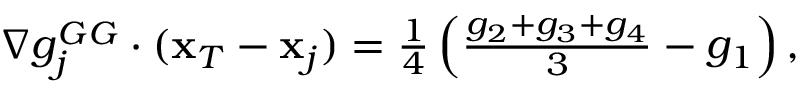
\begin{array} { r } { \nabla g _ { j } ^ { G G } \cdot ( { \bf x } _ { T } - { \bf x } _ { j } ) = \frac { 1 } { 4 } \left( \frac { g _ { 2 } + g _ { 3 } + g _ { 4 } } { 3 } - g _ { 1 } \right) , } \end{array}